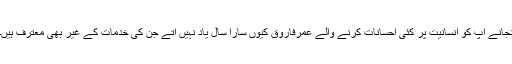
نجانے آپ کو انسانیت پر کئی احسانات کرنے والے عمرفاروقؓ کیوں سارا سال یاد نہیں آتے جن کی خدمات کے غیر بھی معترف ہیں۔